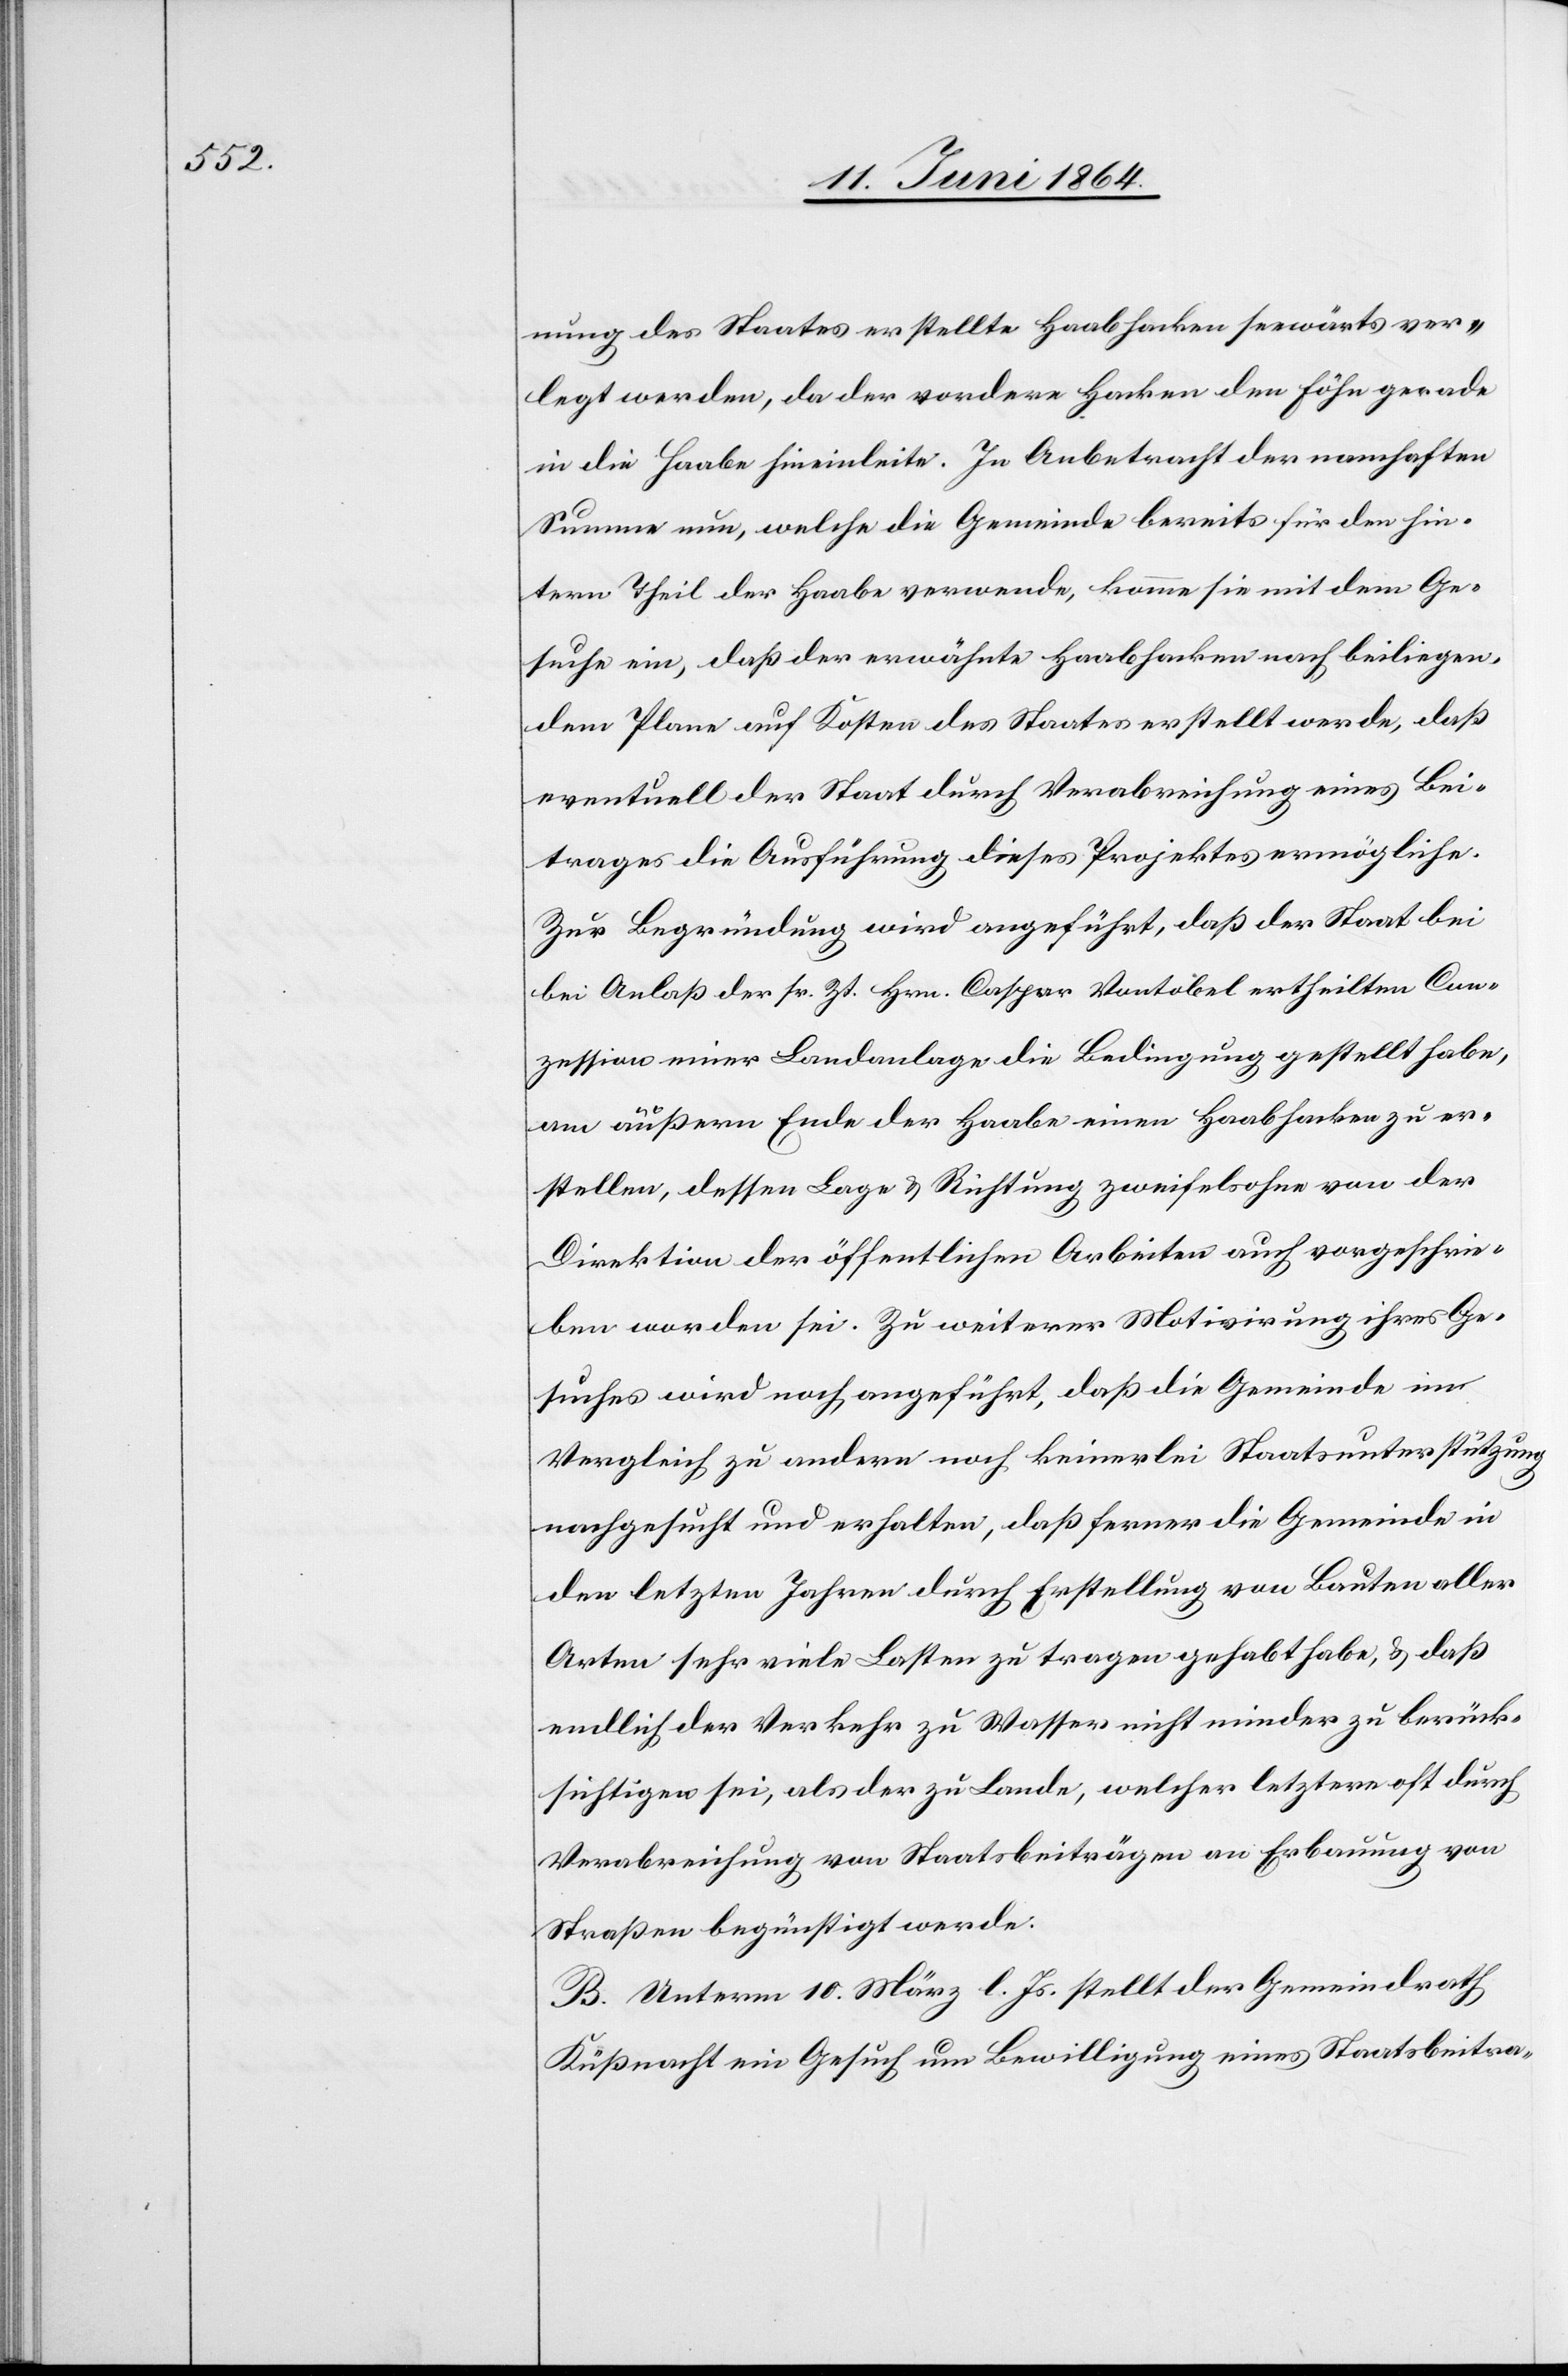
nung des Staates erstellte Haabhacken seewärts ver¬
legt werden, da der vordere Hacken den Föhn gerade
in die Haabe hineinleite. In Anbetracht der namhaften
Summe nun, welche die Gemeinde bereits für den hin¬
tern Theil der Haabe verwende, komme sie mit dem Ge¬
suche ein, daß der erwähnte Haabhacken nach beiliegen¬
dem Plane auf Kosten des Staates erstellt werde, daß
eventuell der Staat durch Verabreichung eines Bei¬
trages die Ausführung dieses Projektes ermögliche.
Zur Begründung wird angeführt, daß der Staat b¬
ei Anlaß der sr. Zt. Hrn. Caspar Vontobel ertheilten Con¬
zession einer Landanlage die Bedingung gestellt habe,
am äußern Ende der Haabe einen Haabhacken zu er¬
stellen, dessen Lage u. Richtung zweifelsohne von der
Direktion der öffentlichen Arbeiten auch vorgeschrie¬
ben worden sei. Zu weiterer Motivirung ihres Ge¬
suches wird noch angeführt, daß die Gemeinde im
Vergleich zu andern noch keinerlei Staatsunterstützung
nachgesucht und erhalten, daß ferner die Gemeinde in
den letzten Jahren durch Erstellung von Bauten aller
Arten sehr viele Lasten zu tragen gehabt habe, u. daß
endlich der Verkehr zu Wasser nicht minder zu berück¬
sichtigen sei, als der zu Lande, welche letztern oft durch
Verabreichung von Staatsbeiträgen an Erbauung von
Straßen begünstigt werde.
B. Unterm 10. März l. Js. stellt der Gemeindrath
Küßnacht ein Gesuch um Bewilligung eines Staatsbeitra-